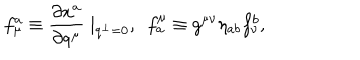
f _ { \mu } ^ { a } \equiv \frac { \partial x ^ { a } } { \partial q ^ { \mu } } \mid _ { q ^ { \perp } = 0 } , ~ ~ f _ { a } ^ { \mu } \equiv g ^ { \mu \nu } \eta _ { a b } f _ { \nu } ^ { b } ,